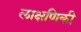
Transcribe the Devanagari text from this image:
लाक्षणिकी